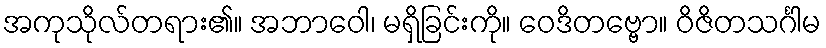
အကုသိုလ်တရား၏။ အဘာဝေါ၊ မရှိခြင်းကို။ ဝေဒိတဗ္ဗော။ ဝိဇိတသင်္ဂါမ